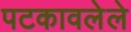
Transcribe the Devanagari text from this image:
पटकावलेले